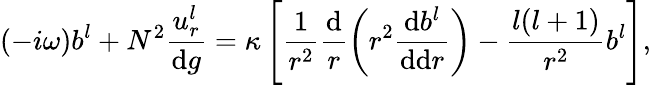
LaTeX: (-i\omega)b^{l}+N^{2}\frac{u_{r}^{l}}{\mathrm{d}g}=\kappa\, \Bigg[\frac{1}{r^{2}}\frac{\mathrm{d}}{r}\bigg(r^{2}\frac{\mathrm{d}b^{l}}{\mathrm{d}\mathrm{d}r}\bigg)-\frac{l(l+1)}{r^{2}}b^{l}\Bigg],